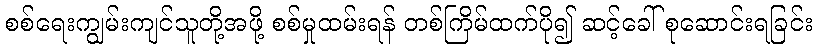
စစ်ရေးကျွမ်းကျင်သူတို့အဖို့ စစ်မှုထမ်းရန် တစ်ကြိမ်ထက်ပို၍ ဆင့်ခေါ် စုဆောင်းရခြင်း